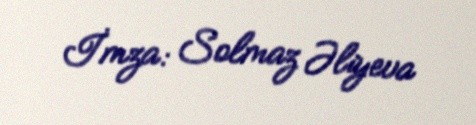
İmza: Solmaz Əliyeva